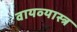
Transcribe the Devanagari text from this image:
वायव्‍यास्‍त्र